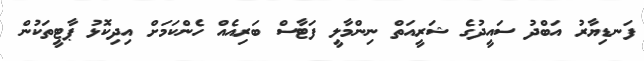
ފަނޑިޔާރު އަބްދު ސައީދުގެ ޝަރީއަތް ނިންމާލީ ފަޓާސް ބަރިއެއް ހެންކަމަށް އިދިކޮޅު ޕާޓީތަކުން